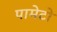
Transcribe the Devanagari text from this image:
पामेटो